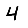
Digit: 4